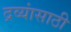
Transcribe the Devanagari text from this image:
द्रव्यांसाठी